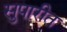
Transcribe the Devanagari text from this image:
सुपारीत